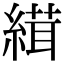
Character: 縙